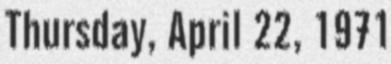
Thursday, April 22, 1971